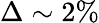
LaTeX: \Delta\sim 2\%